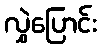
လွှဲပြောင်း